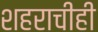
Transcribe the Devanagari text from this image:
शहराचीही